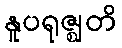
နူပရုဇ္ဈတိ